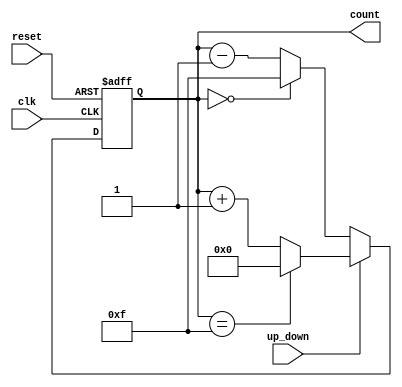
module up_down_counter #(
    parameter n = 4 // Parameter for the width of the counter (can be adjusted)
)(
    input wire clk,          // Clock signal
    input wire reset,        // Asynchronous reset signal
    input wire up_down,      // Control signal for counting direction
    output reg [n-1:0] count // n-bit output count
);

    // Asynchronous reset and counting logic
    always @(posedge clk or posedge reset) begin
        if (reset) begin
            count <= 0; // Reset the counter to 0
        end else begin
            if (up_down) begin
                // Count up
                count <= (count == (2**n - 1)) ? 0 : count + 1;
            end else begin
                // Count down
                count <= (count == 0) ? (2**n - 1) : count - 1;
            end
        end
    end

endmodule